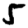
Digit: 5